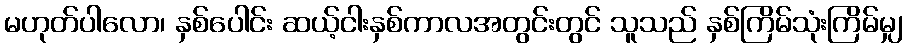
မဟုတ်ပါလော၊ နှစ်ပေါင်း ဆယ့်ငါးနှစ်ကာလအတွင်းတွင် သူသည် နှစ်ကြိမ်သုံးကြိမ်မျှ